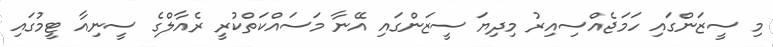
މި ސީޒަންގައި ހަމަޖެއްސިއިރު މިދިޔަ ސީޒަންގައި އޭނާ މަސައްކަތްކުރީ ރެއާލްގެ ސީނިއާ ޓީމުގައި